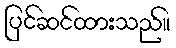
ပြင်ဆင်ထားသည်။